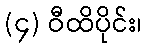
(၄) ဝီထိပိုင်း၊